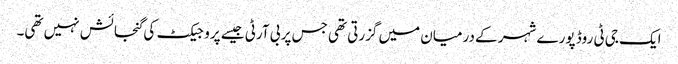
ایک جی ٹی روڈ پورے شہر کے درمیان میں گزرتی تھی جس پر بی آرٹی جیسے پروجیکٹ کی گنجائش نہیں تھی۔